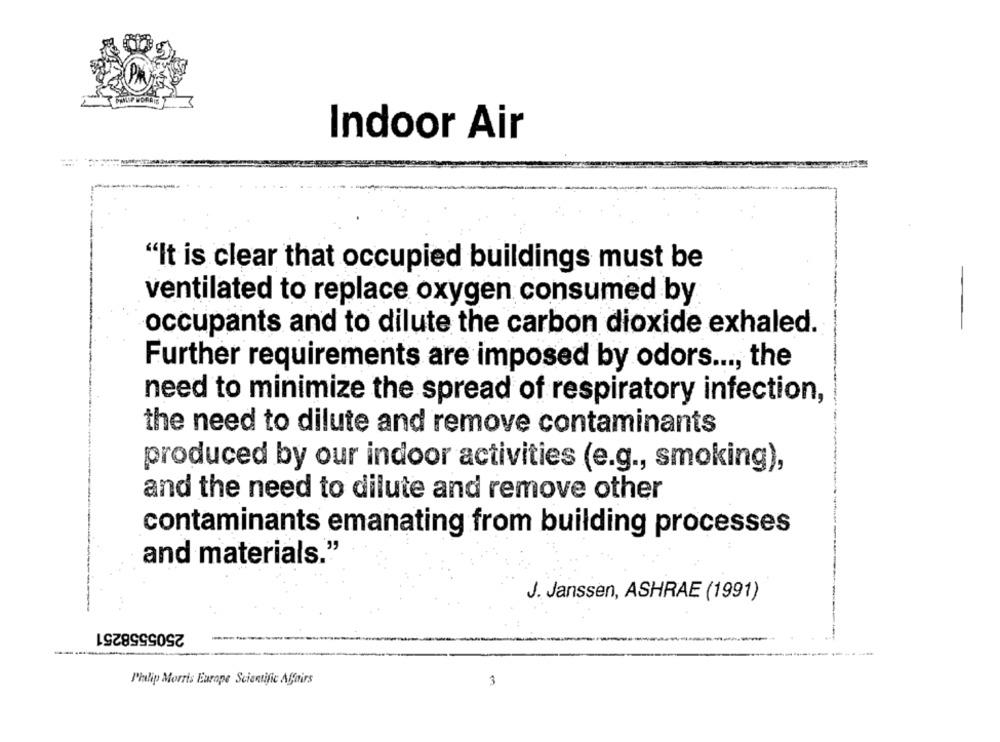
Indoor Air
"It is clear that occupied buildings must be
ventilated to replace oxygen consumed by
-
occupants and to dilute the carbon dioxide exhaled.
Further requirements are imposed by odors ..., the
need to minimize the spread of respiratory infection,
the need to dilute and remove contaminants
produced by our indoor activities (e.g ., smoking),
and the need to dilute and remove other
contaminants emanating from building processes
and materials."
J. Janssen, ASHRAE (1991)
2505558251
Philip Morris Europe Scientific Affairs
3